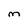
Character: M